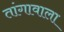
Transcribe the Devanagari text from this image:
तांगावाला